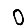
Digit: 0